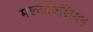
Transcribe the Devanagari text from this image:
मल्टीबिलियन